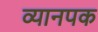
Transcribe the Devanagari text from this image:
व्यानपक